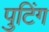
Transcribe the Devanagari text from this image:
पुटिंग